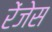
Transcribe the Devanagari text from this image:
रेंजेस